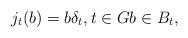
LaTeX: \begin{align*}j_t(b)=b\delta_t,t\in Gb\in B_t,\end{align*}